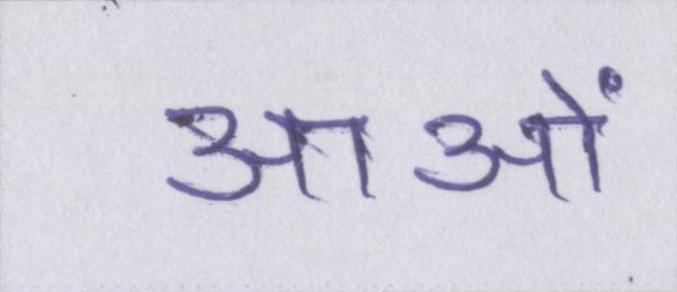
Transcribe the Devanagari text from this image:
आओं